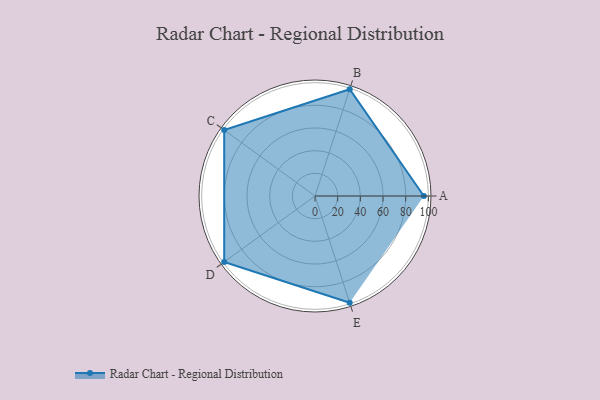
{"axis": {"x": "Skill", "y": "Score"}, "legend": ["Profile"], "data": [{"x": "A", "y": 96.0, "type": "Profile"}, {"x": "B", "y": 99.0, "type": "Profile"}, {"x": "C", "y": 99, "type": "Profile"}, {"x": "D", "y": 99, "type": "Profile"}, {"x": "E", "y": 99, "type": "Profile"}]}